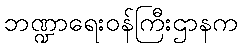
ဘဏ္ဍာရေးဝန်ကြီးဌာနက